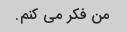
من فکر می کنم.